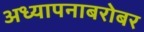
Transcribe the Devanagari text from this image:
अध्यापनाबरोबर